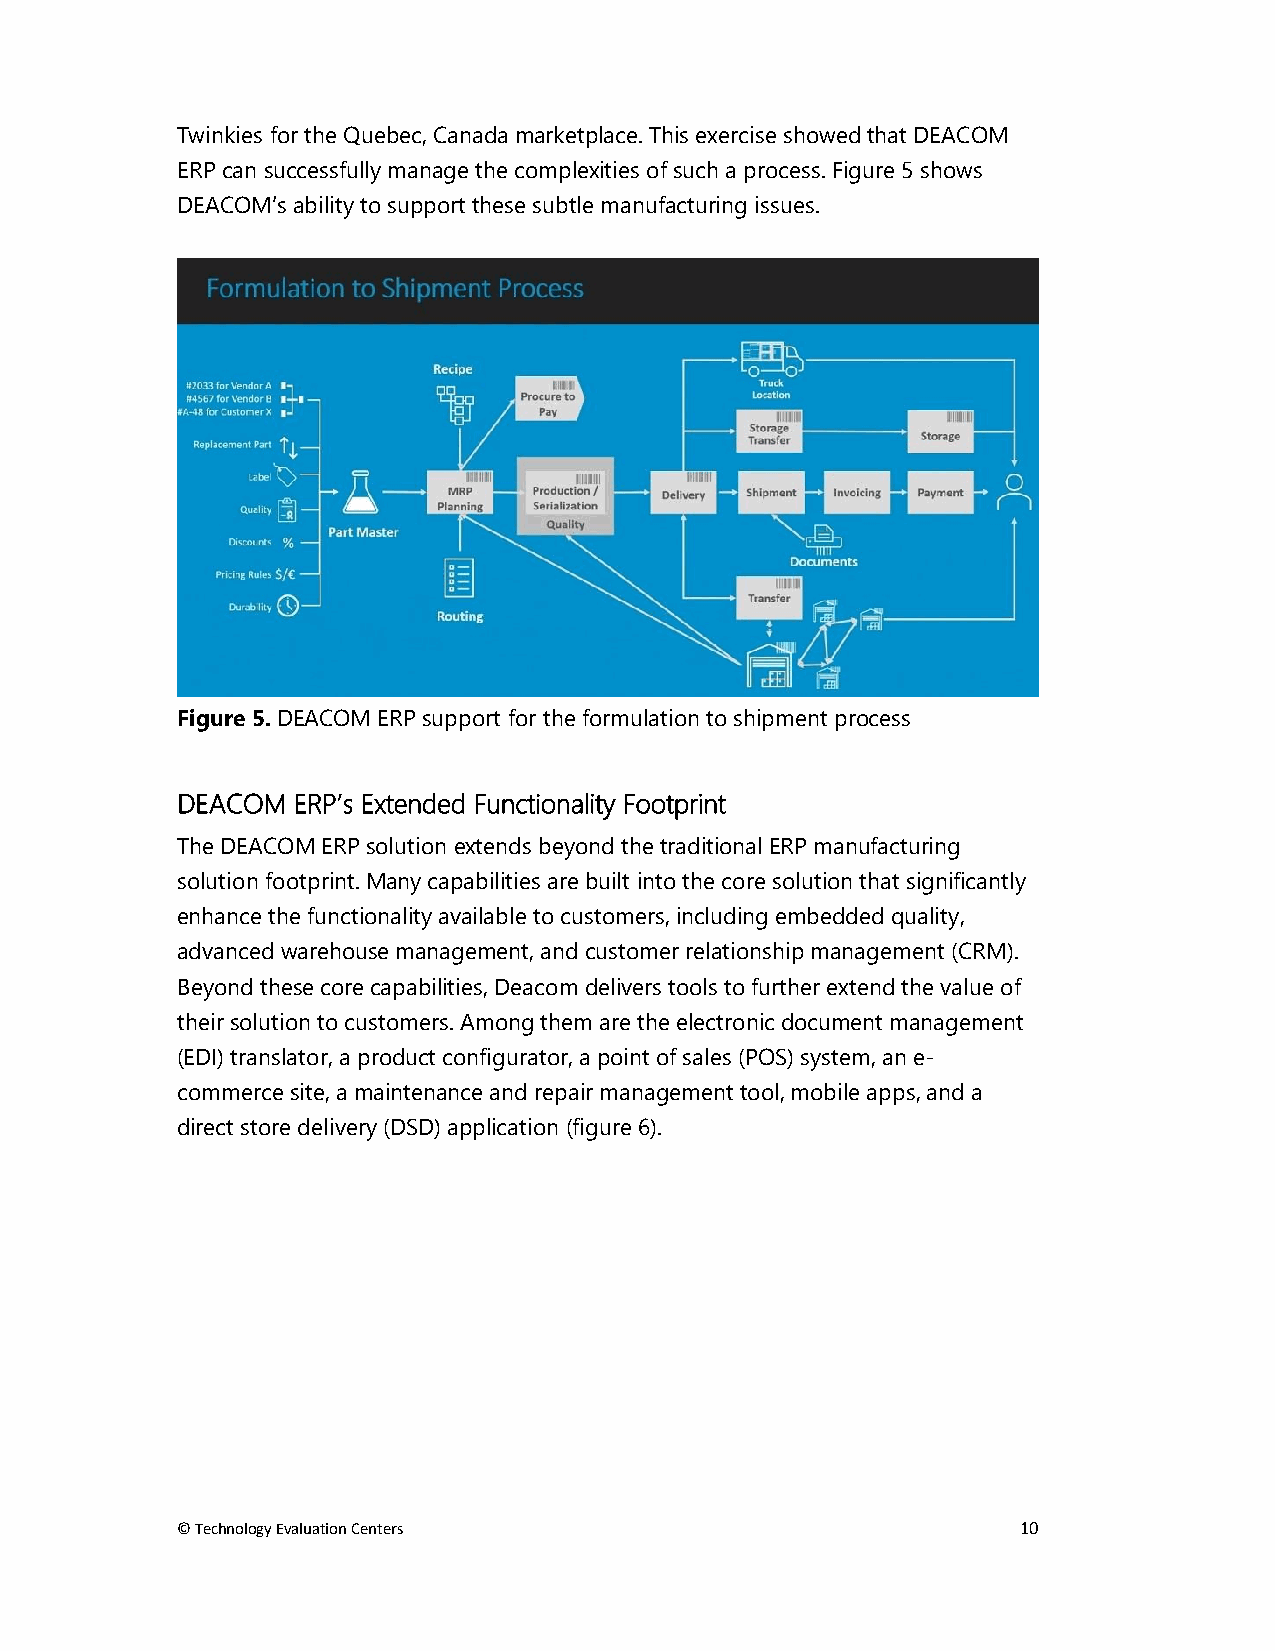
Twinkies for the Quebec, Canada marketplace. This exercise showed that DEACOM
 ERP can successfully manage the complexities of such a process. Figure 5 shows
 DEACOM’s ability to support these subtle manufacturing issues.
 Figure 5. DEACOM ERP support for the formulation to shipment process
 DEACOM ERP’s Extended Functionality Footprint
 The DEACOM ERP solution extends beyond the traditional ERP manufacturing
 solution footprint. Many capabilities are built into the core solution that significantly
 enhance the functionality available to customers, including embedded quality,
 advanced warehouse management, and customer relationship management (CRM).
 Beyond these core capabilities, Deacom delivers tools to further extend the value of
 their solution to customers. Among them are the electronic document management
 (EDI) translator, a product configurator, a point of sales (POS) system, an e-
 commerce site, a maintenance and repair management tool, mobile apps, and a
 direct store delivery (DSD) application (figure 6).
 © Technology Evaluation Centers                         10